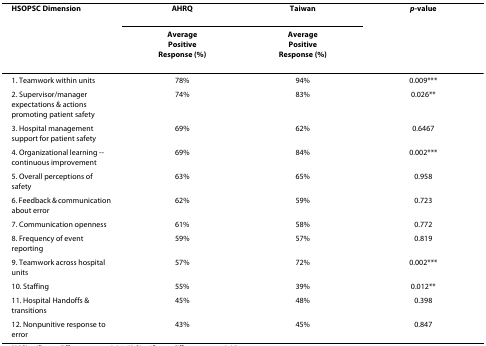
<table><thead><tr><td><b>HSOPSC Dimension</b></td><td><b>AHRQ</b></td><td><b>Taiwan</b></td><td><b><i>p</i>-value</b></td></tr><tr><td></td><td><b>AveragePositiveResponse (%)</b></td><td><b>AveragePositiveResponse (%)</b></td><td></td></tr></thead><tbody><tr><td>1. Teamwork within units</td><td>78%</td><td>94%</td><td>0.009***</td></tr><tr><td>2. Supervisor/manager expectations &amp; actions promoting patient safety</td><td>74%</td><td>83%</td><td>0.026**</td></tr><tr><td>3. Hospital management support for patient safety</td><td>69%</td><td>62%</td><td>0.6467</td></tr><tr><td>4. Organizational learning -- continuous improvement</td><td>69%</td><td>84%</td><td>0.002***</td></tr><tr><td>5. Overall perceptions of safety</td><td>63%</td><td>65%</td><td>0.958</td></tr><tr><td>6. Feedback &amp; communication about error</td><td>62%</td><td>59%</td><td>0.723</td></tr><tr><td>7. Communication openness</td><td>61%</td><td>58%</td><td>0.772</td></tr><tr><td>8. Frequency of event reporting</td><td>59%</td><td>57%</td><td>0.819</td></tr><tr><td>9. Teamwork across hospital units</td><td>57%</td><td>72%</td><td>0.002***</td></tr><tr><td>10. Staffing</td><td>55%</td><td>39%</td><td>0.012**</td></tr><tr><td>11. Hospital Handoffs &amp; transitions</td><td>45%</td><td>48%</td><td>0.398</td></tr><tr><td>12. Nonpunitive response to error</td><td>43%</td><td>45%</td><td>0.847</td></tr></tbody></table>